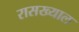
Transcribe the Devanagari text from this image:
रासख्याल